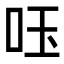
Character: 𠰧